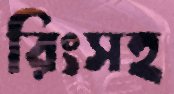
রিংসহ